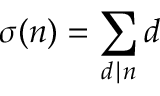
\sigma ( n ) = \sum _ { d \mid n } d